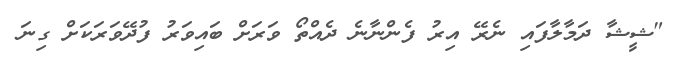
"ޝީޝާ ދަމާލާފައި ނެރޭ އިރު ފެންނާނެ ދެއްތޯ ވަރަށް ބައިވަރު ފުދޭވަރަކަށް ގިނަ